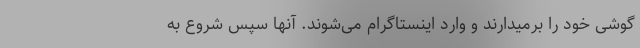
گوشی خود را برمیدارند و وارد اینستاگرام می‌شوند. آنها سپس شروع به